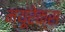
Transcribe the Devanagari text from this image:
म्यूरेक्स